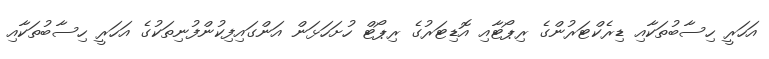
އަހަރީ ހިސާބުތަކާއި ޑިރެކްޓަރުންގެ ރިޕޯޓާއި އޮޑިޓަރުގެ ރިޕޯޓް ހުށަހަޅަން އަންގައިފިކުންފުނިތަކުގެ އަހަރީ ހިސާބުތަކާއި